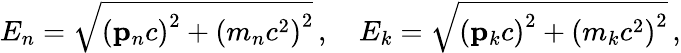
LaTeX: E_{n}={\sqrt{\left(\mathbf{p}_{n}c\right)^{2}+\left(m_{n}c^{2}\right)^{2}}}\, ,\quad E_{k}={\sqrt{\left(\mathbf{p}_{k}c\right)^{2}+\left(m_{k}c^{2}\right)^{2}}}\, ,